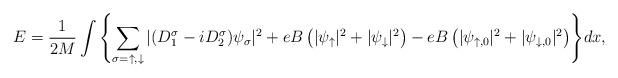
LaTeX: \begin{align*}E=\dfrac{1}{2M}\int{\left\{\sum_{\sigma=\uparrow,\downarrow}|(D_1^{\sigma}-iD_2^{\sigma})\psi_{\sigma}|^2+eB\left(|\psi_{\uparrow}|^2+|\psi_{\downarrow}|^2\right)-eB\left(|\psi_{\uparrow,0}|^2+|\psi_{\downarrow,0}|^2\right)\right\}}dx,\end{align*}